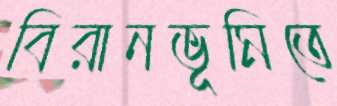
বিরানভূমিতে